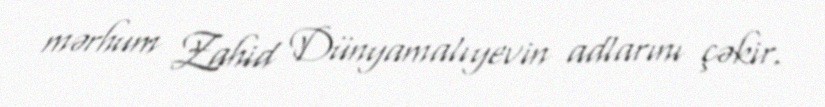
mərhum Zahid Dünyamalıyevin adlarını çəkir.